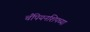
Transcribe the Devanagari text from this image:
चँपियनशिपच्या